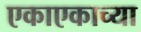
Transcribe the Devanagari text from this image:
एकाएकाच्या